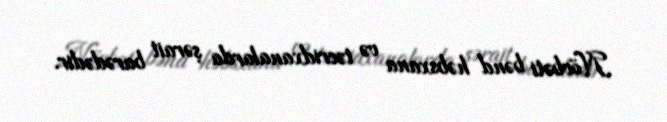
Növbəti bənd həbsxana və təcridxanalarda şərait barədədir.